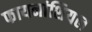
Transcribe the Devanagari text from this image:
फायनांशियल